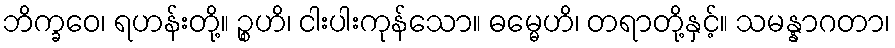
ဘိက္ခဝေ၊ ရဟန်းတို့။ ဉ္စဟိ၊ ငါးပါးကုန်သော။ ဓမ္မေဟိ၊ တရာတို့နှင့်။ သမန္နာဂတာ၊